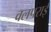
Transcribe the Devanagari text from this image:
वलपराई